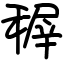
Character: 稺